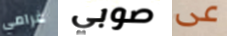
غرامي صوبي عى